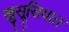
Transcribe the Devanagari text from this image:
खुसूसियात